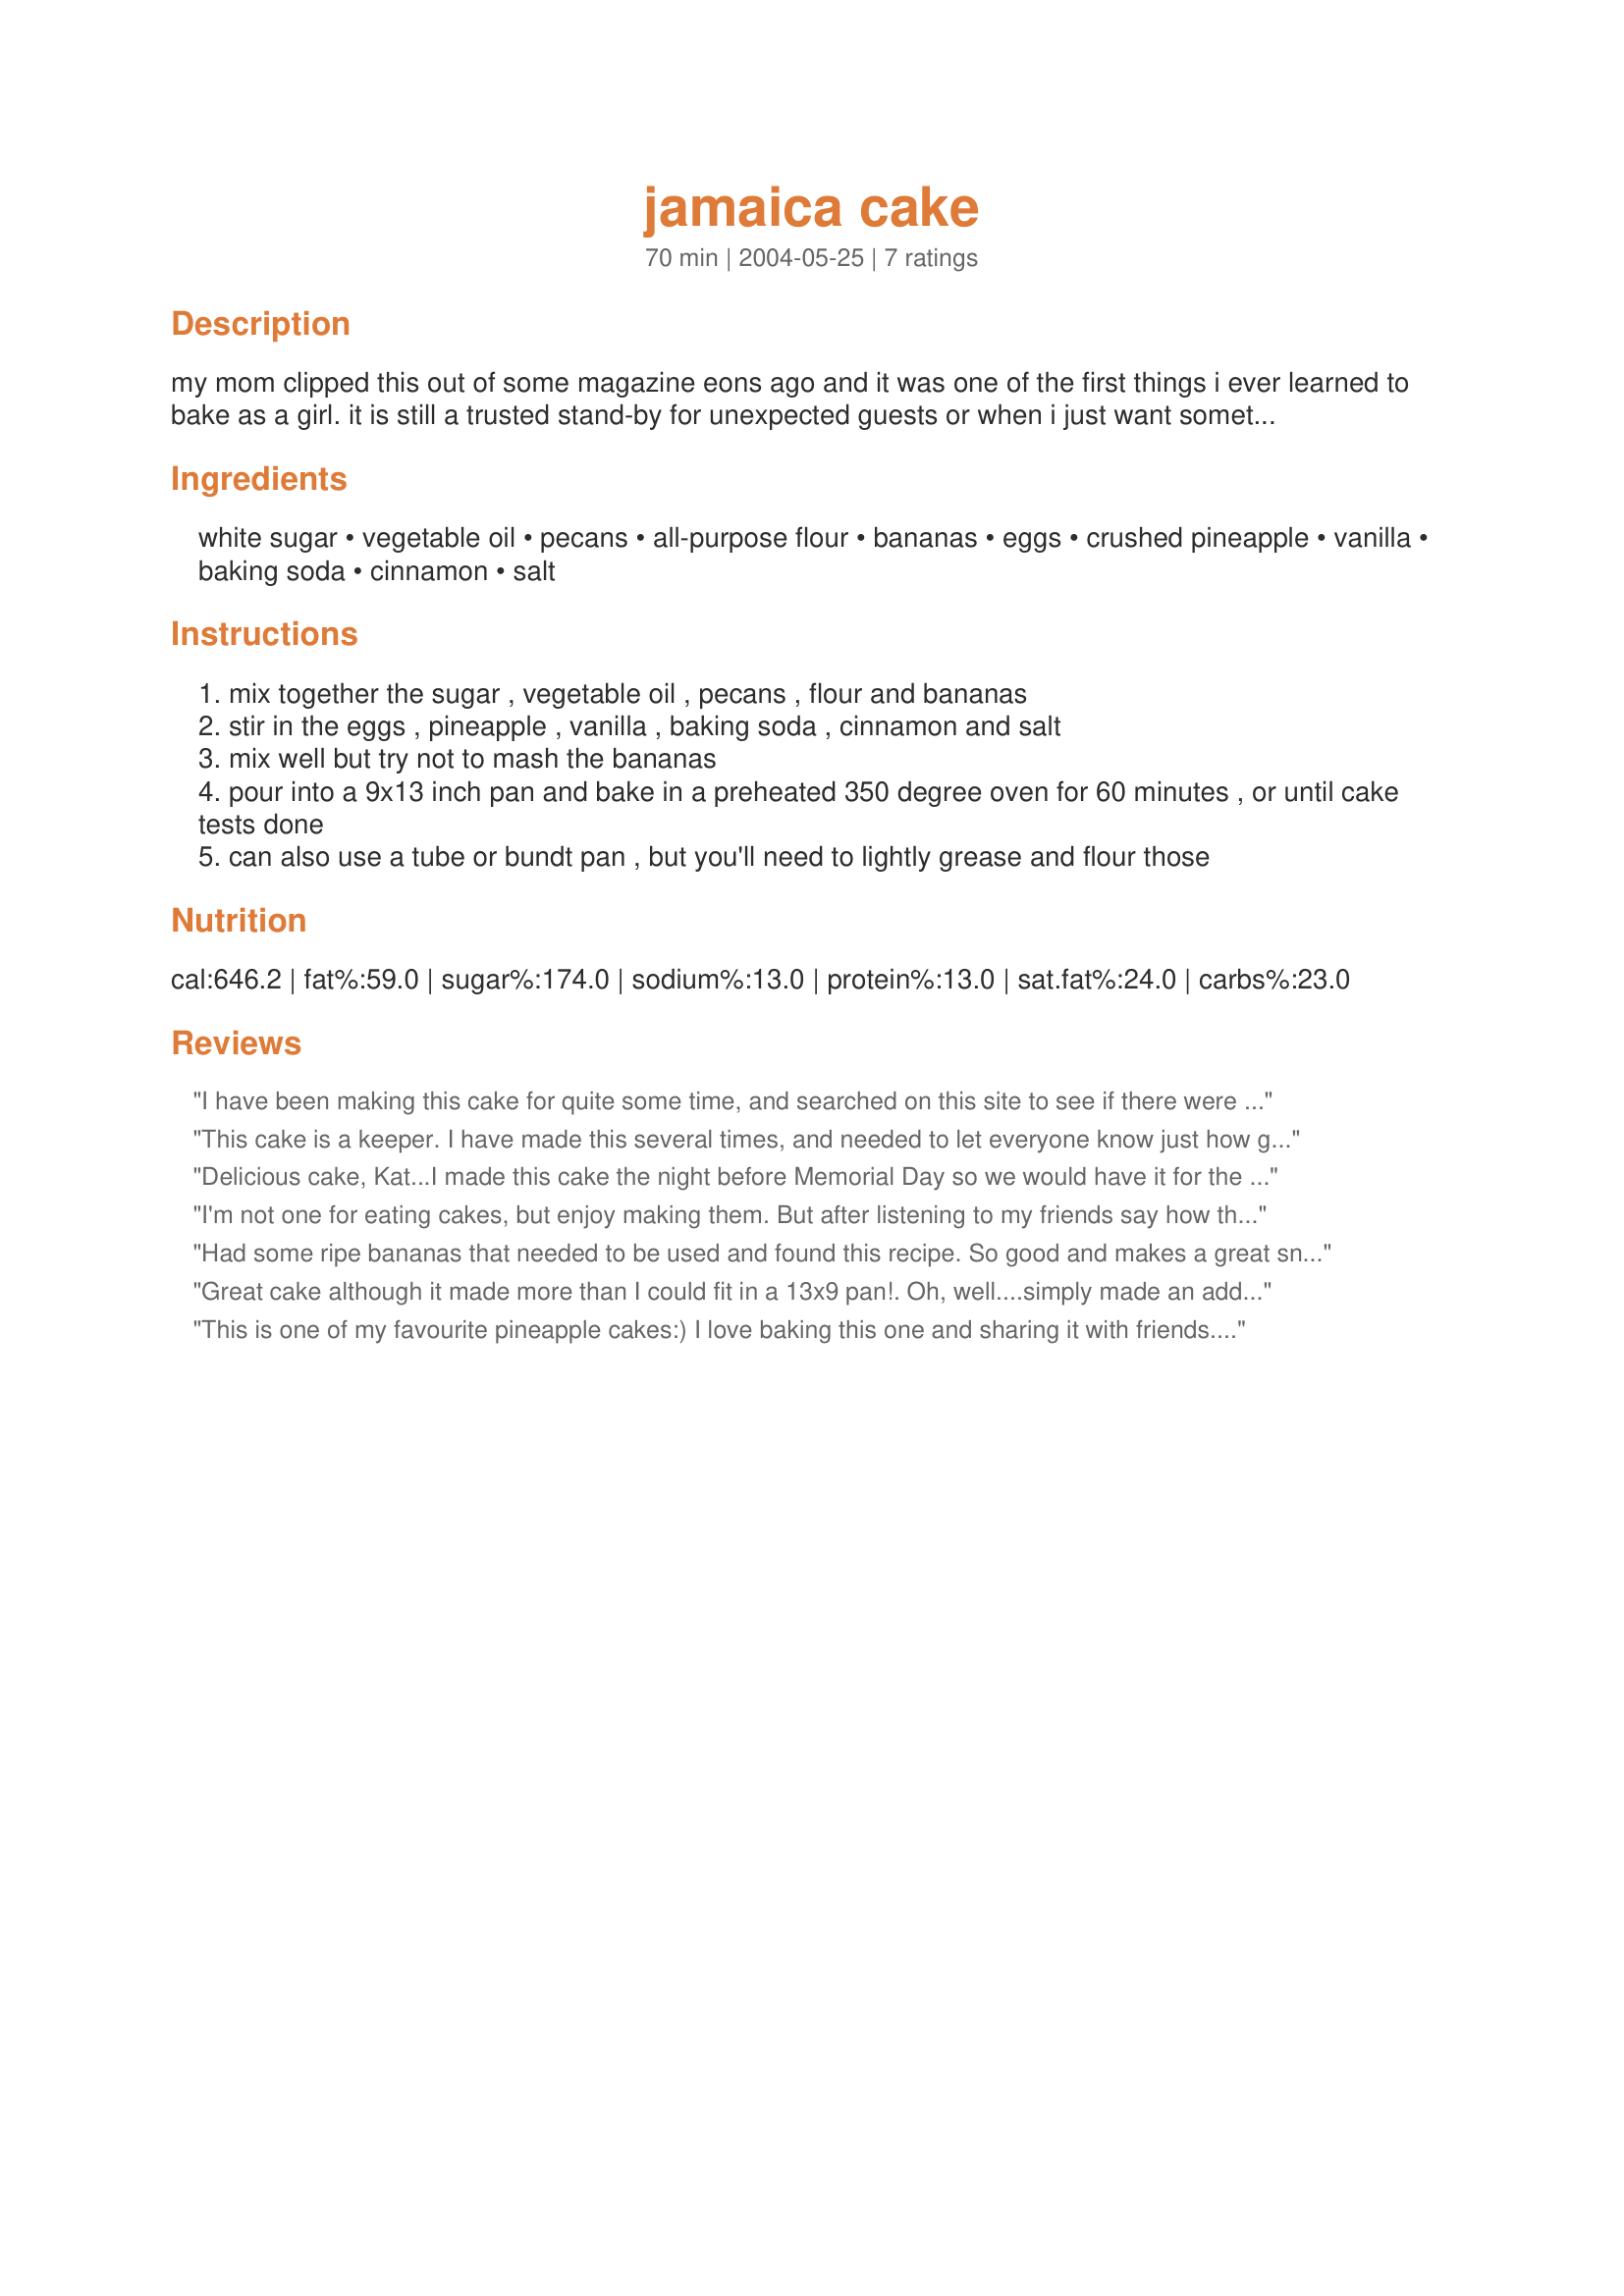
jamaica cake
Preparation time: 70 minutes

my mom clipped this out of some magazine eons ago and it was one of the first things i ever learned to bake as a girl. it is still a trusted stand-by for unexpected guests or when i just want something easy and sweet. no mixer and no frosting needed! great when you first bake it, even better the next day. i usually use 2 bananas, but sometimes use 3 if i want a strong banana flavor.

Ingredients:
white sugar, vegetable oil, pecans, all-purpose flour, bananas, eggs, crushed pineapple, vanilla, baking soda, cinnamon, salt

Steps:
mix together the sugar , vegetable oil , pecans , flour and bananas
stir in the eggs , pineapple , vanilla , baking soda , cinnamon and salt
mix well but try not to mash the bananas
pour into a 9x13 inch pan and bake in a preheated 350 degree oven for 60 minutes , or until cake tests done
can also use a tube or bundt pan , but you'll need to lightly grease and flour those

Reviews:
I have been making this cake for quite some time, and searched on this site to see if there were any variations. While this recipe is the same one I have, it is an EXCELLENT one... so I'm okay with there being no others! :)
Something extra that I always do is sprinkle powdered sugar on the top to add a little "pizzaz."
I HIGHLY recommend this cake to ANYONE! It is easy, quick, and declicious!!!
This cake is a keeper. I have made this several times, and needed to let everyone know just how good this really is!
Delicious cake, Kat...I made this cake the night before Memorial Day so we would have it for the cookout. (You had said it was good, but even better the next day) I loved being able to just mix the ingredients together with my trusty wooden spoon instead of getting out the mixer. It smelled wonderful while baking, turned out beautifully and sooo moist! I had SUCH a hard time staying out of it! It reminded me of my mom's fresh apple cake (which is marvelous) but yet was different. Thanks for sharing a terrific cake recipe!
...txgammi
I'm not one for eating cakes, but enjoy making them. But after listening to my friends say how this was one of the best I had made in a while, I had to try it for myself...and I loved it :)
Had some ripe bananas that needed to be used and found this recipe. So good and makes a great snacking cake. It does taste even better after 24 hours. Trust me, I tested it every step of the way!
Great cake although it made more than I could fit in a 13x9 pan!. Oh, well....simply made an additional loaf pan full! Next time I will omit the nuts for the kids, though. Kept very well for over a week.....
This is one of my favourite pineapple cakes:) I love baking this one and sharing it with friends. It is soo good!
